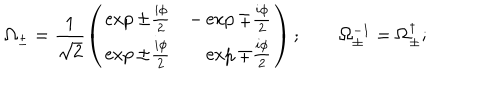
\Omega _ { \pm } = \frac 1 { \sqrt { 2 } } \left( \begin{array} { c c } { { \exp \pm \frac { i \phi } 2 } } & { { - \exp \mp \frac { i \phi } 2 } } \\ { { \exp \pm \frac { i \phi } 2 } } & { { \hphantom { - } \exp \mp \frac { i \phi } 2 } } \\ \end{array} \right) ; \qquad \Omega _ { \pm } ^ { - 1 } = \Omega _ { \pm } ^ { \dagger } ;